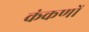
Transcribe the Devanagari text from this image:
कंकणों